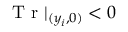
\mathrm { ~ T ~ r ~ } | _ { ( y _ { i } , 0 ) } < 0